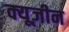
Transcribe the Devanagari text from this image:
क्यूज़ीन